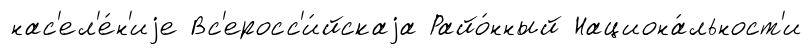
нас'ел'е́н'иjе Вс'еросс'и́йскаjа Райо́нный Национа́льност'и